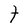
Character: t